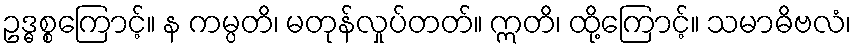
ဥဒ္ဓစ္စကြောင့်။ န ကမ္ပတိ၊ မတုန်လှုပ်တတ်။ ဣတိ၊ ထို့ကြောင့်။ သမာဓိဗလံ၊